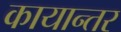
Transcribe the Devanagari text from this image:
कायान्तर